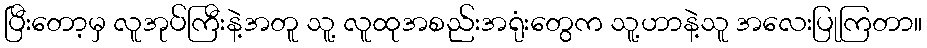
ပြီးတော့မှ လူအုပ်ကြီးနဲ့အတူ သူ့ လူထုအစည်းအရုံးတွေက သူ့ဟာနဲ့သူ အလေးပြုကြတာ။